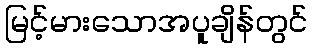
မြင့်မားသောအပူချိန်တွင်